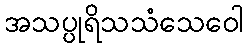
အသပ္ပုရိသသံသေဝေါ